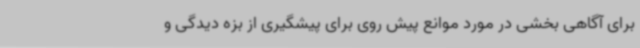
برای آگاهی بخشی در مورد موانع پیش روی برای پیشگیری از بزه دیدگی و